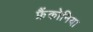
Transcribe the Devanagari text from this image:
फ्रैंकोनिया